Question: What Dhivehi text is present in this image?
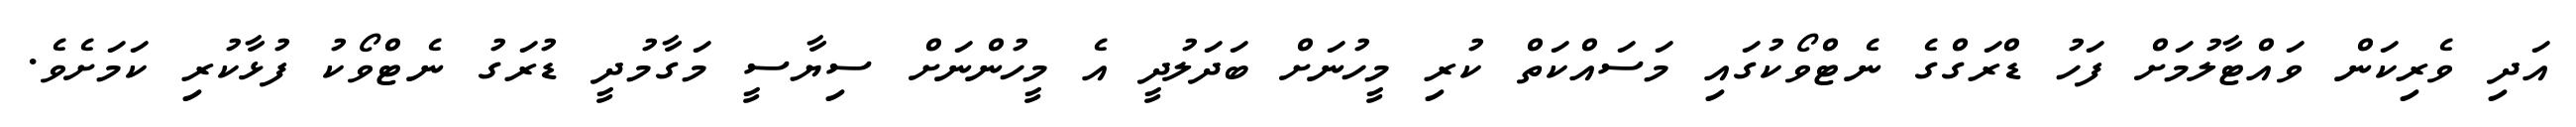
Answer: އަދި ވެރިކަން ވައްޓާލުމަށް ފަހު ޑްރަގްގެ ނެޓްވޯކުގައި މަސައްކަތް ކުރި މީހުނަށް ބަދަލުދީ އެ މީހުންނަށް ސިޔާސީ މަގާމުދީ ޑުރަގު ނެޓްވޯކު ފުޅާކުރި ކަމަށެވެ.